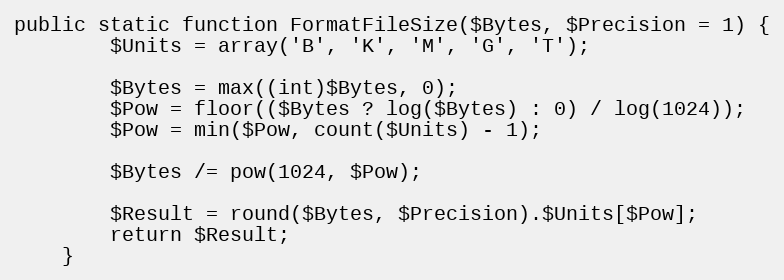
Language: PHP
public static function FormatFileSize($Bytes, $Precision = 1) {
		$Units = array('B', 'K', 'M', 'G', 'T');

		$Bytes = max((int)$Bytes, 0);
		$Pow = floor(($Bytes ? log($Bytes) : 0) / log(1024));
		$Pow = min($Pow, count($Units) - 1);

		$Bytes /= pow(1024, $Pow);

		$Result = round($Bytes, $Precision).$Units[$Pow];
		return $Result;
	}